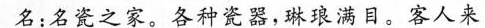
名:名瓷之家。各种瓷器，琳琅满目。客人来